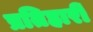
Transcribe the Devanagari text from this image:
प्रतिहारीं